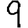
Digit: 9